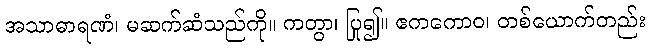
အသာဓာရဏံ၊ မဆက်ဆံသည်ကို။ ကတွာ၊ ပြု၍။ ဧကကောဝ၊ တစ်ယောက်တည်း